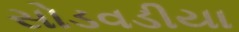
સોડવડીયા